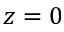
z = 0